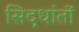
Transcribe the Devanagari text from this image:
सिद़धांतों